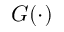
G ( \cdot )